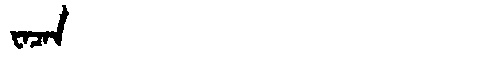
Manchu: ᠸᠠᠴᠠᠨ
Romanization: WACAN